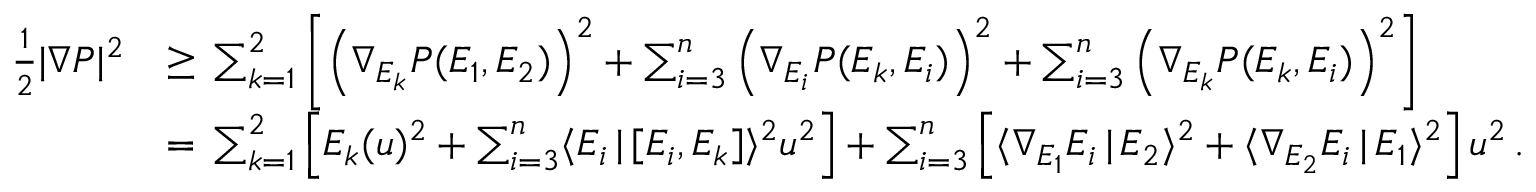
\begin{array} { r l } { \frac { 1 } { 2 } | \nabla P | ^ { 2 } } & { \geq \, \sum _ { k = 1 } ^ { 2 } \left[ \left( \nabla _ { E _ { k } } P ( E _ { 1 } , E _ { 2 } ) \right) ^ { 2 } + \sum _ { i = 3 } ^ { n } \left( \nabla _ { E _ { i } } P ( E _ { k } , E _ { i } ) \right) ^ { 2 } + \sum _ { i = 3 } ^ { n } \left( \nabla _ { E _ { k } } P ( E _ { k } , E _ { i } ) \right) ^ { 2 } \right] } \\ & { = \, \sum _ { k = 1 } ^ { 2 } \left[ E _ { k } ( u ) ^ { 2 } + \sum _ { i = 3 } ^ { n } \langle E _ { i } \, | \, [ E _ { i } , E _ { k } ] \rangle ^ { 2 } u ^ { 2 } \right] + \sum _ { i = 3 } ^ { n } \left[ \langle \nabla _ { E _ { 1 } } E _ { i } \, | \, E _ { 2 } \rangle ^ { 2 } + \langle \nabla _ { E _ { 2 } } E _ { i } \, | \, E _ { 1 } \rangle ^ { 2 } \right] u ^ { 2 } \, . } \end{array}